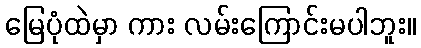
မြေပုံထဲမှာ ကား လမ်းကြောင်းမပါဘူး။